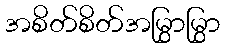
အစိတ်စိတ်အမြွှာမြွှာ